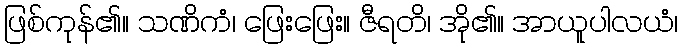
ဖြစ်ကုန်၏။ သဏိကံ၊ ဖြေးဖြေး။ ဇီရတိ၊ အို၏။ အာယူပါလယံ၊